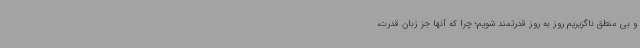
و بی منطق ناگزیریم روز به روز قدرتمند شویم؛ چرا که آنها جز زبان قدرت،